Trukikaitis_Postimees, lk 171
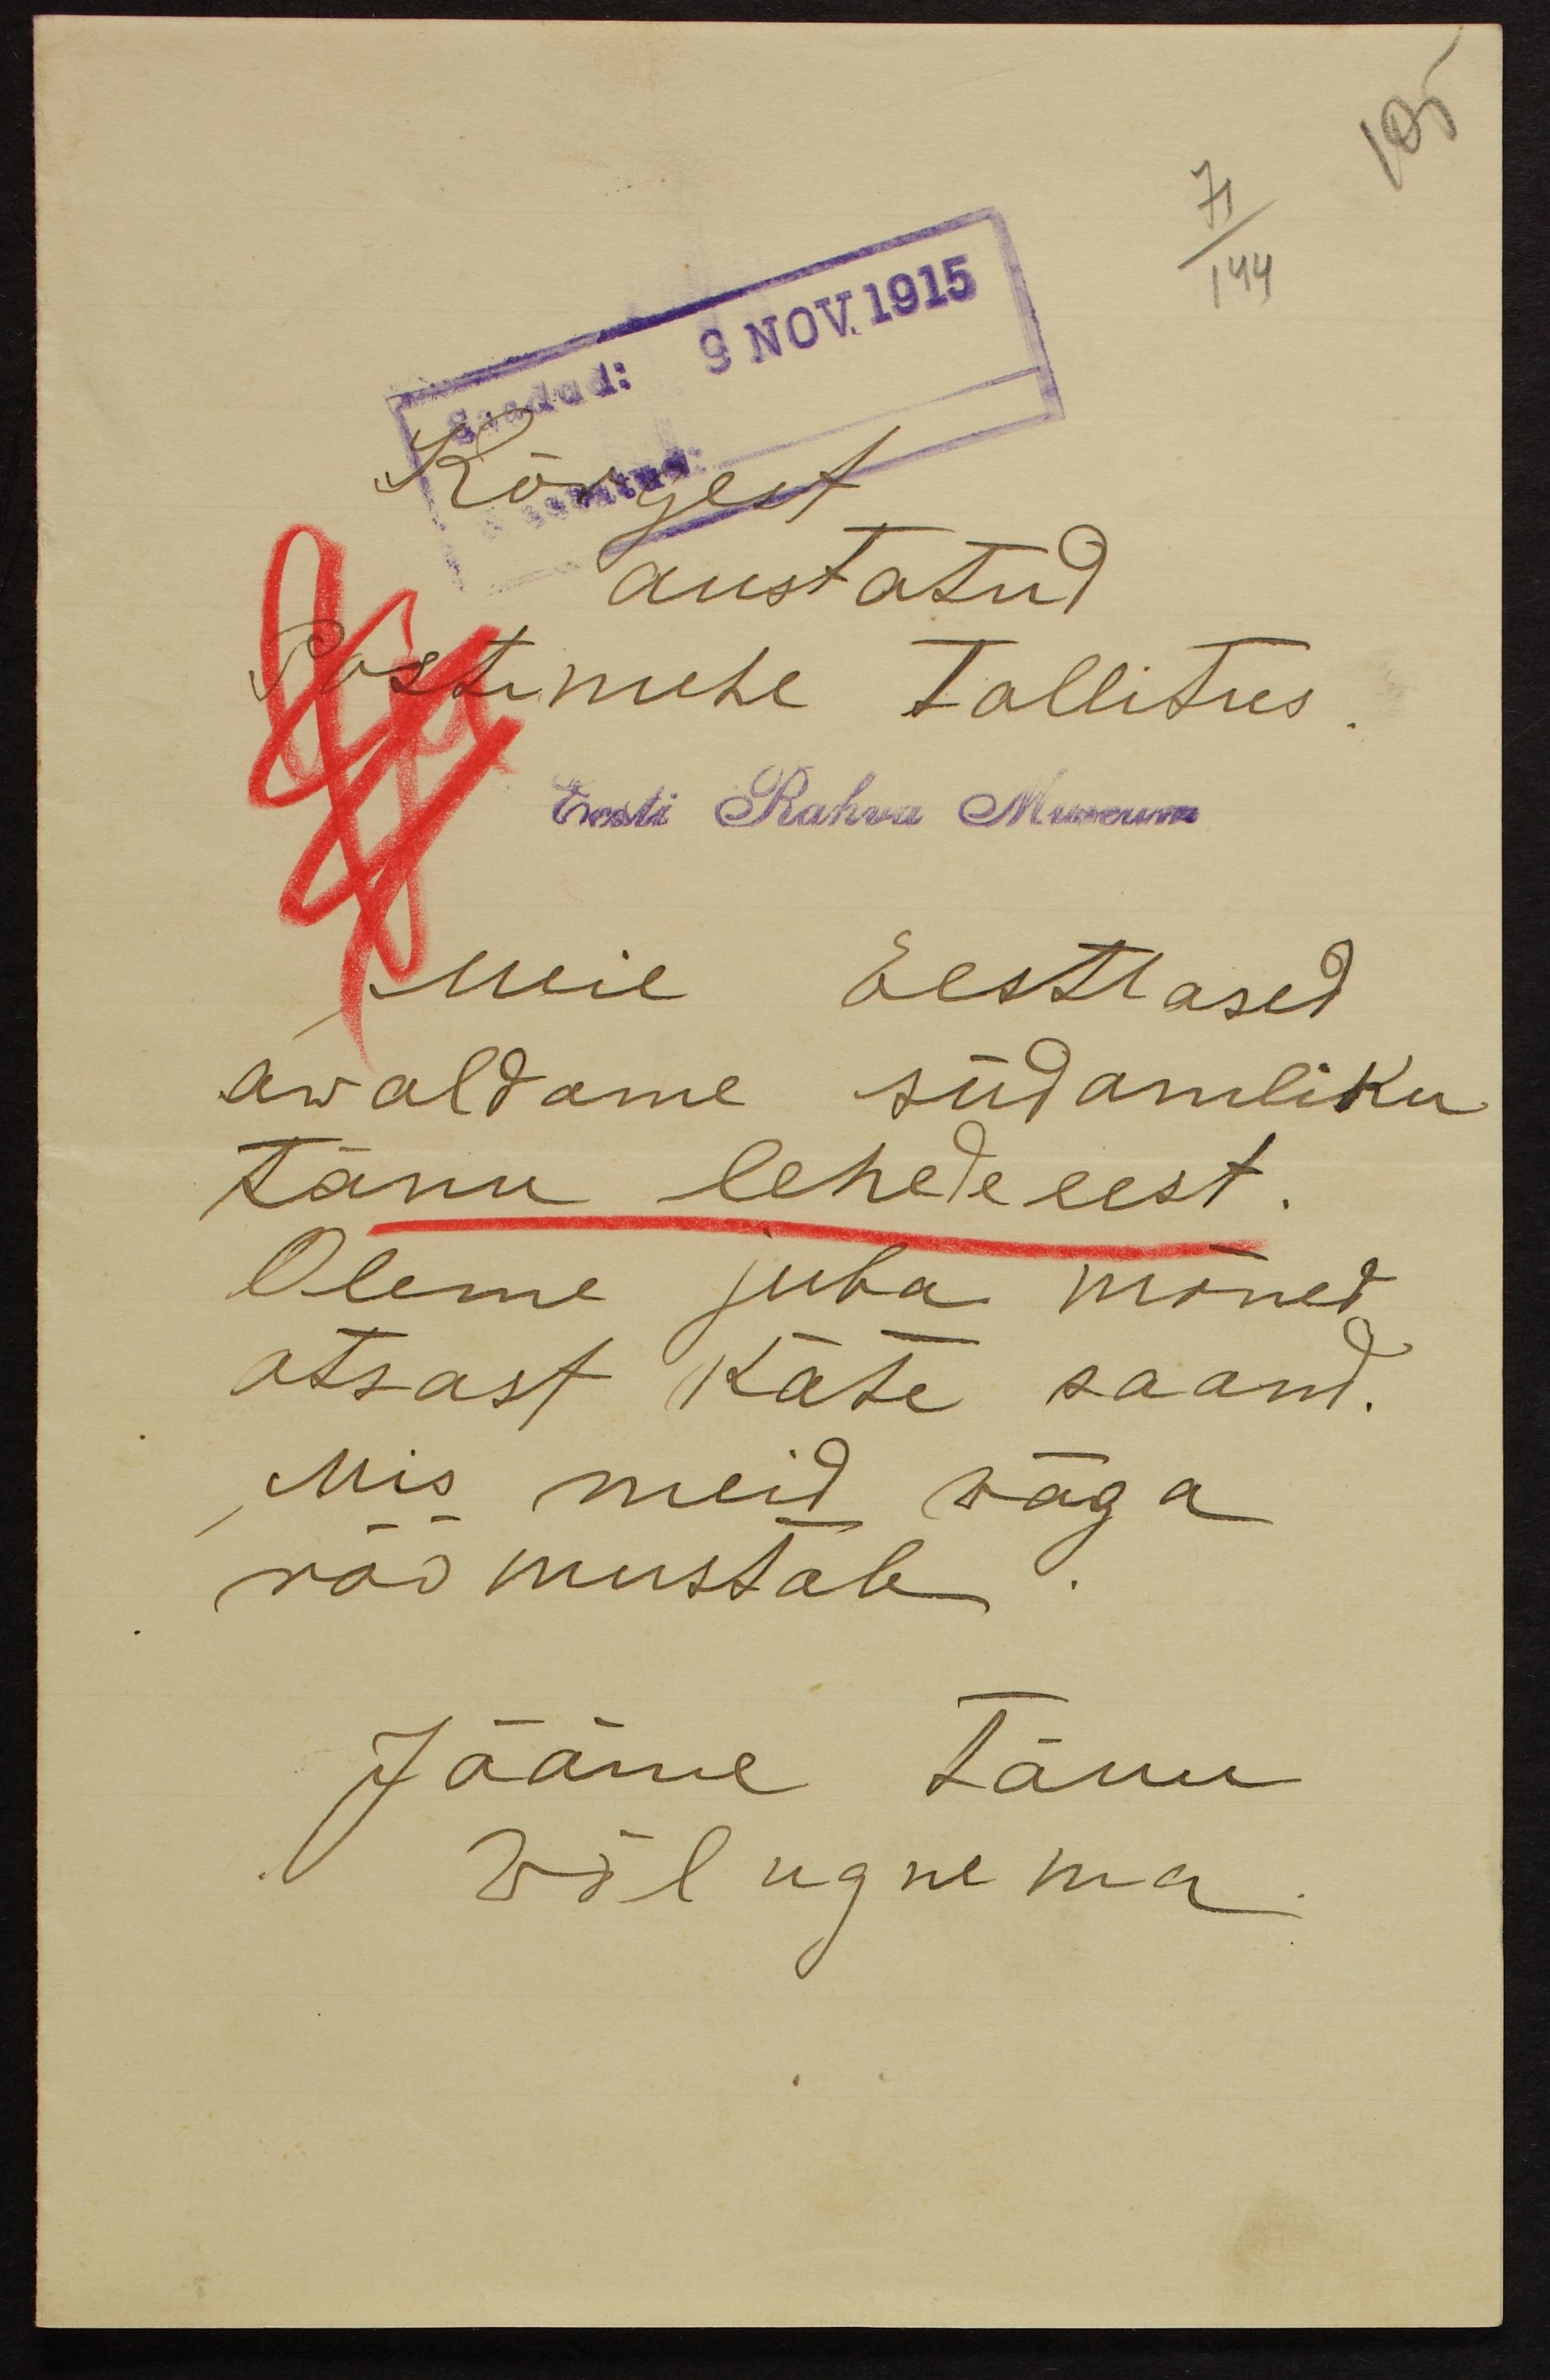
Saadud: 9 NOV. 1915
Kõrgest
austatud
Postimehe tallitus.
Eesti Rahva Museum
Meie Eestlased
awaldame südamliku
tänu lehede eest.
Oleme juba mõned
otsast käte saand.
Mis meid wäga
rõõmustab
Jääme tänu
wõlngnema